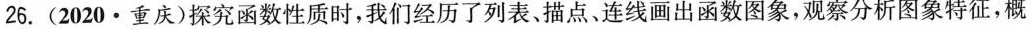
2020·重庆)探究函数性质时，我们经历了列表、描点。连线画出函数图象，观察分析图象特征，概